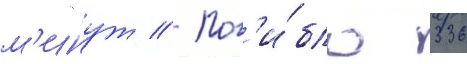
м'инут // Пог'и́бло 336